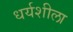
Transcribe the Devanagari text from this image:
धर्यशीला